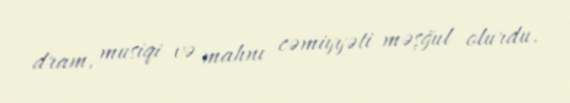
dram, musiqi və mahnı cəmiyyəti məşğul olurdu.